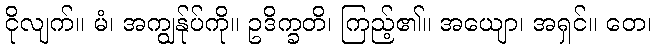
ငိုလျက်။ မံ၊ အကျွန်ုပ်ကို။ ဥဒိက္ခတိ၊ ကြည့်၏။ အယျော၊ အရှင်။ တေ၊